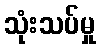
သုံးသပ်မှု